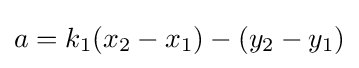
a=k_{1}(x_{2}-x_{1})-(y_{2}-y_{1})